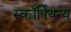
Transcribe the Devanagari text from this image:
स्कॉर्पियन्य